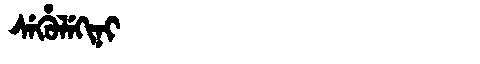
Manchu: ᠰᡝᡥᡠᠯᡝᡴᡳᠨᡳ
Romanization: SEHULEKINI